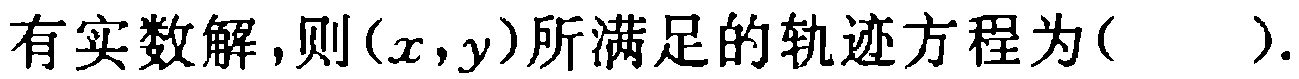
有实数解,则\((x,y)\)所满足的轨迹方程为( ).